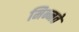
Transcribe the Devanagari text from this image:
मिन्नते